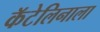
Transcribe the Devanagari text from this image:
कॅटेलिनाला